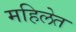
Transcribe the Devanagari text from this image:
महिलेत